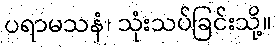
ပရာမသနံ၊ သုံးသပ်ခြင်းသို့။